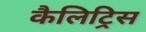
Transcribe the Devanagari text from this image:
कैलिट्रिस